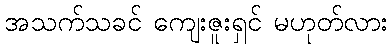
အသက်သခင် ကျေးဇူးရှင် မဟုတ်လား